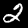
Digit: 2